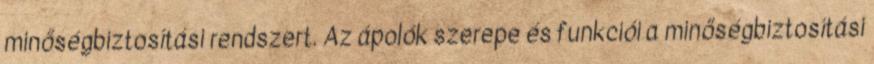
minőségbiztosítási rendszert. Az ápolók szerepe és funkciói a minőségbiztosítási